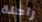
راحلة